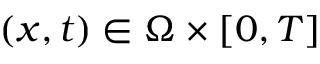
( \boldsymbol { x } , t ) \in \Omega \times [ 0 , T ]